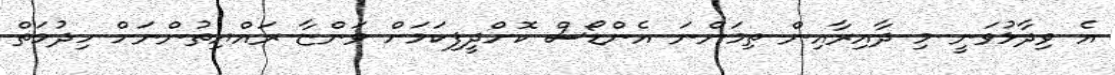
އެ ވިދާޅުވަނީ މި ދާއިރާއިން ތިމަންނަ އެންޑޯސް ކޮށްދީފިކަމަށް ވަންޏާ ރައްޔިތުންނަށް ހިދުމަތް